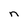
Character: n